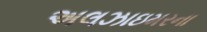
અલઝાઇમરના